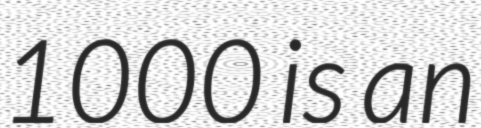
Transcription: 1000 is an